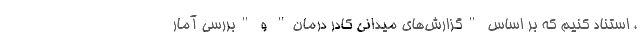
، استناد کنیم که بر اساس "گزارش‌های میدانی کادر درمان" و "بررسی آمار